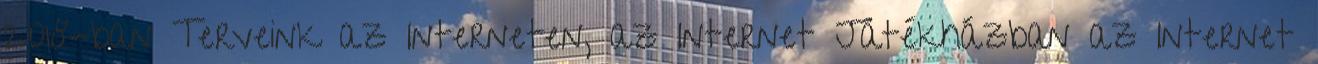
2018-ban Terveink az Interneten, az Internet Játékházban az Internet